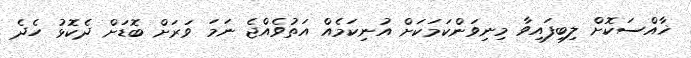
ޚާއްސަކޮށް ލިބިފައިވާ މިނިވަންކަމަކަށް އުނިކަމެއް އަތުވެއްޖެ ނަމަ ވަރަށް ބޮޑަށް ދެކޮޅު ހެދެ